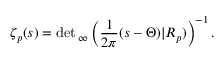
\zeta _ { p } ( s ) = \operatorname* { d e t } { } _ { \infty } \left( { \frac { 1 } { 2 \pi } } ( s - \Theta ) | R _ { p } ) \right) ^ { - 1 } .